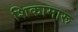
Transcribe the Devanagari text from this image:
शिकामारू